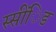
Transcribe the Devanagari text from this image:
स्सींिड